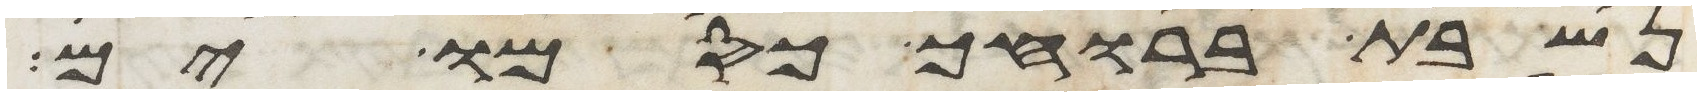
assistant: נשבת ברוחך כסמו ים